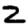
Digit: 2